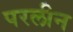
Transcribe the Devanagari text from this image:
परलीन